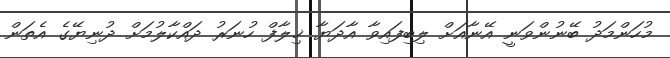
މުހަންމަދު ބޭނުންވަނީ އޭނާއަށް ލިބިފައިވާ އާދަޔާ ޚިލާފް ހުނަރު ދައްކާލުމަށް ދުނިޔޭގެ އެތަން